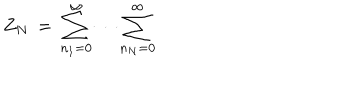
Z _ { N } \, = \, \sum _ { n _ { 1 } = 0 } ^ { \infty } \cdots \sum _ { n _ { N } = 0 } ^ { \infty } \,